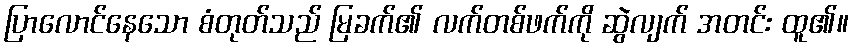
ပြာလောင်နေသော စံတုတ်သည် မြခက်၏ လက်တစ်ဖက်ကို ဆွဲလျက် အတင်း ထူ၏။